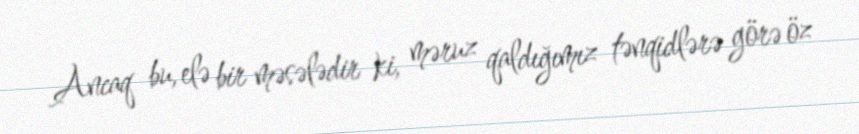
Ancaq bu, elə bir məsələdir ki, məruz qaldığımız tənqidlərə görə öz